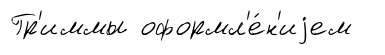
Гр'иммы оформл'е́н'иjем